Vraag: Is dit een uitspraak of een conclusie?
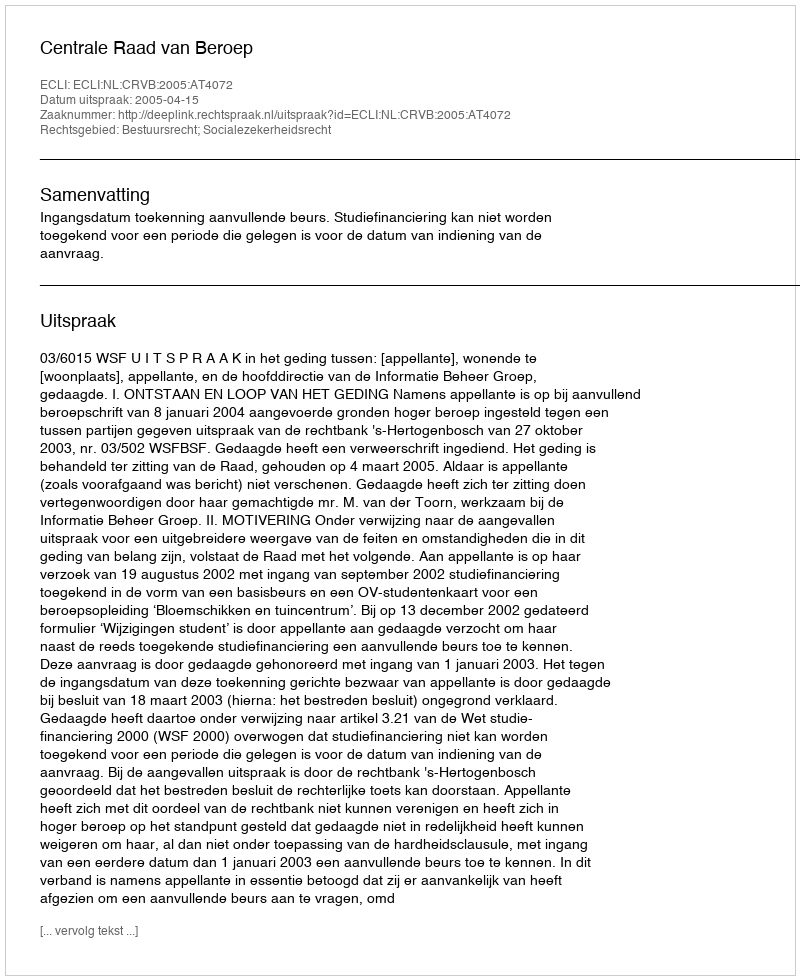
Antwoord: Uitspraak